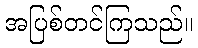
အပြစ်တင်ကြသည်။